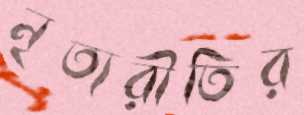
নৃত্যরীতির